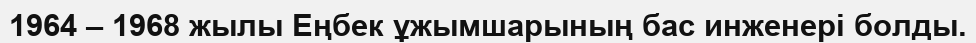
1964 – 1968 жылы Еңбек ұжымшарының бас инженері болды.